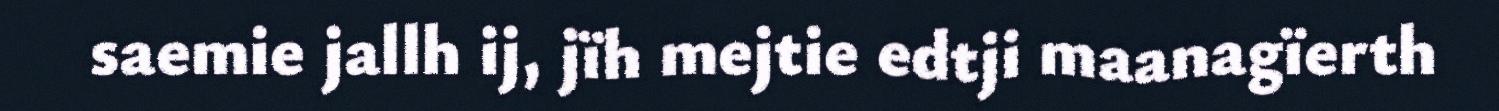
saemie jallh ij, jïh mejtie edtji maanagïerth